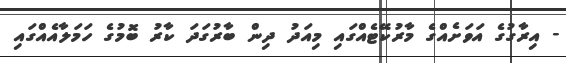
- އިރާގުގެ އަވަށެއްގެ މާރުކޭޓެއްގައި މިއަދު ދިން ބާރުގަދަ ކާރު ބޮމުގެ ހަމަލާއެއްގައި